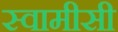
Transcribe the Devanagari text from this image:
स्वामीसी